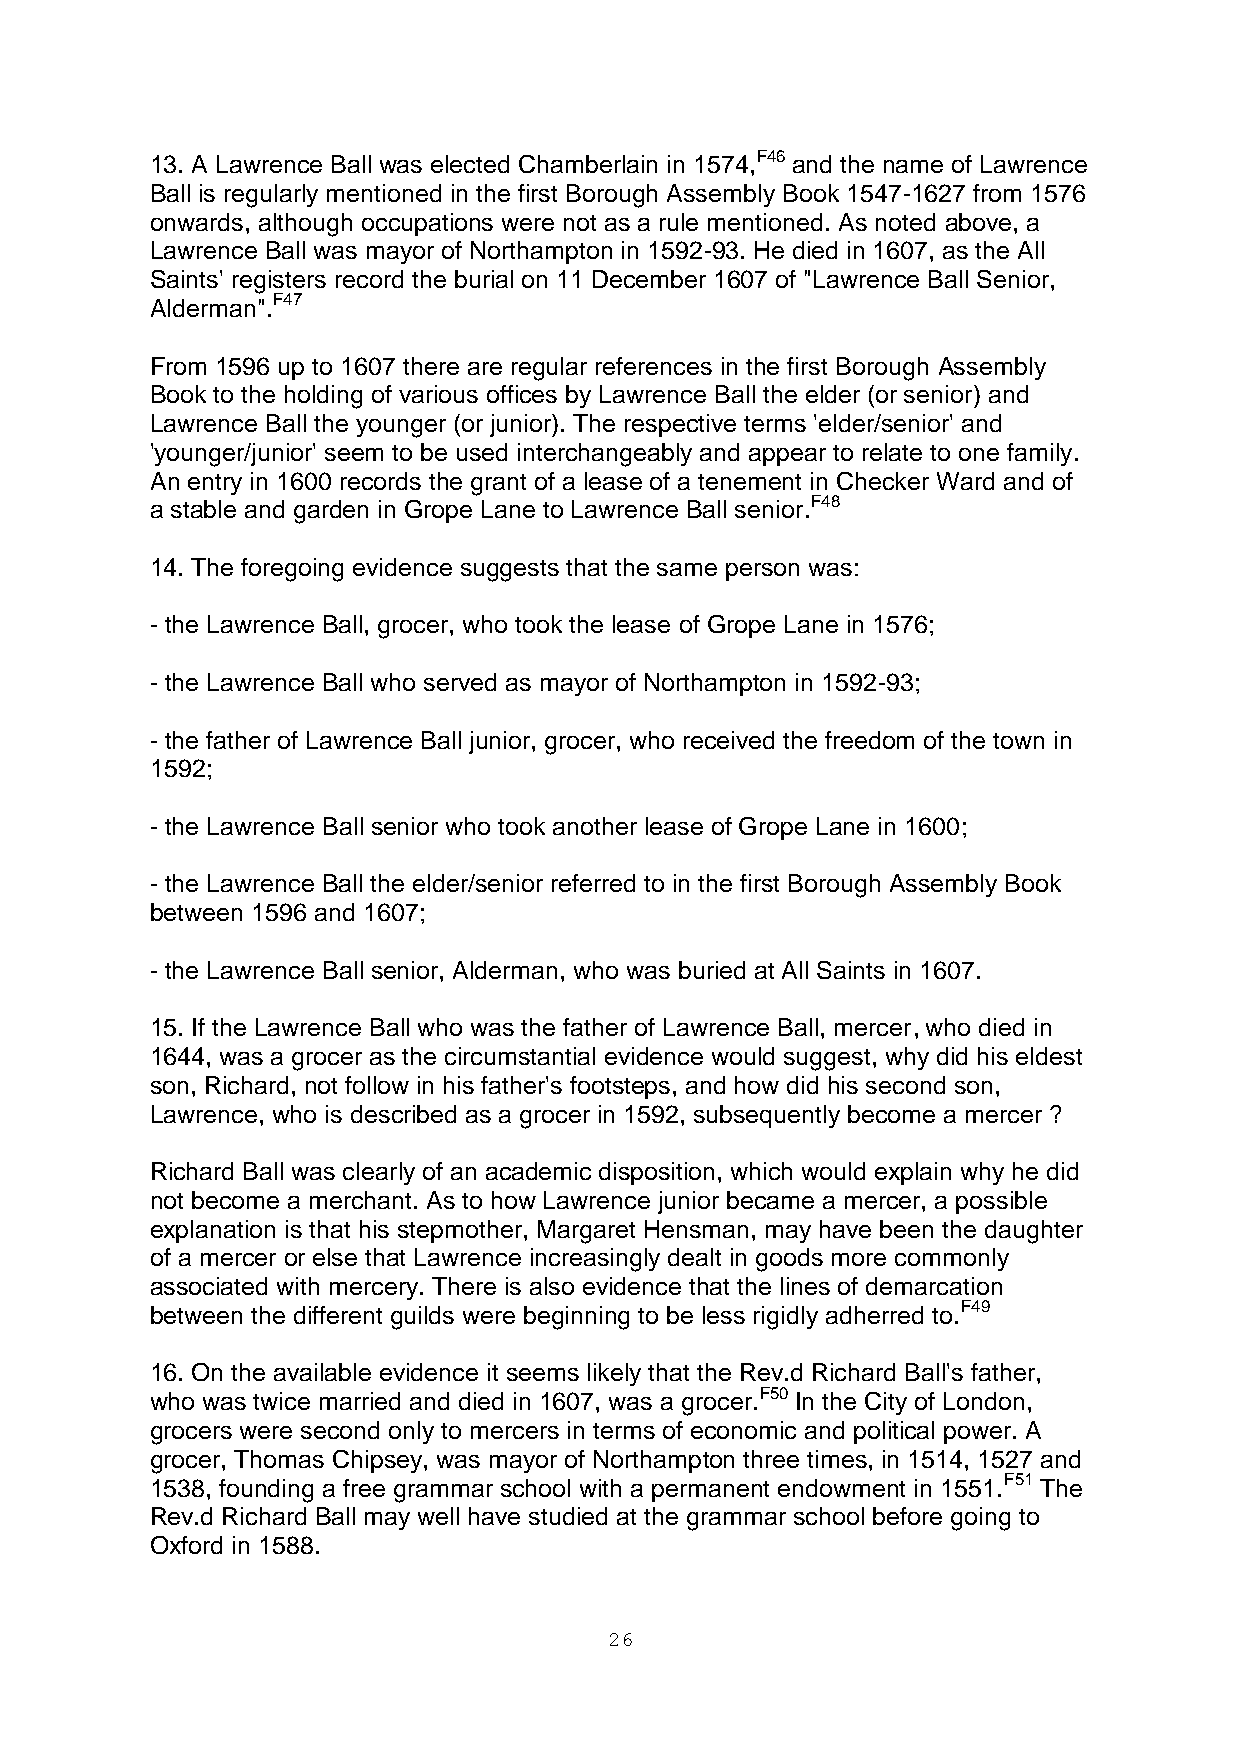
13. A Lawrence Ball was elected Chamberlain in 1574,F46 and the name of Lawrence
 Ball is regularly mentioned in the first Borough Assembly Book 1547-1627 from 1576
 onwards, although occupations were not as a rule mentioned. As noted above, a
 Lawrence Ball was mayor of Northampton in 1592-93. He died in 1607, as the All
 Saints' registers record the burial on 11 December 1607 of "Lawrence Ball Senior,
 Alderman".F47
 From 1596 up to 1607 there are regular references in the first Borough Assembly
 Book to the holding of various offices by Lawrence Ball the elder (or senior) and
 Lawrence Ball the younger (or junior). The respective terms 'elder/senior' and
 'younger/junior' seem to be used interchangeably and appear to relate to one family.
 An entry in 1600 records the grant of a lease of a tenement in Checker Ward and of
 a stable and garden in Grope Lane to Lawrence Ball senior.F48
 14. The foregoing evidence suggests that the same person was:
 - the Lawrence Ball, grocer, who took the lease of Grope Lane in 1576;
 - the Lawrence Ball who served as mayor of Northampton in 1592-93;
 - the father of Lawrence Ball junior, grocer, who received the freedom of the town in
 1592;
 - the Lawrence Ball senior who took another lease of Grope Lane in 1600;
 - the Lawrence Ball the elder/senior referred to in the first Borough Assembly Book
 between 1596 and 1607;
 - the Lawrence Ball senior, Alderman, who was buried at All Saints in 1607.
 15. If the Lawrence Ball who was the father of Lawrence Ball, mercer, who died in
 1644, was a grocer as the circumstantial evidence would suggest, why did his eldest
 son, Richard, not follow in his father's footsteps, and how did his second son,
 Lawrence, who is described as a grocer in 1592, subsequently become a mercer ?
 Richard Ball was clearly of an academic disposition, which would explain why he did
 not become a merchant. As to how Lawrence junior became a mercer, a possible
 explanation is that his stepmother, Margaret Hensman, may have been the daughter
 of a mercer or else that Lawrence increasingly dealt in goods more commonly
 associated with mercery. There is also evidence that the lines of demarcation
 between the different guilds were beginning to be less rigidly adherred to.F49
 16. On the available evidence it seems likely that the Rev.d Richard Ball's father,
 who was twice married and died in 1607, was a grocer.F50 In the City of London,
 grocers were second only to mercers in terms of economic and political power. A
 grocer, Thomas Chipsey, was mayor of Northampton three times, in 1514, 1527 and
 1538, founding a free grammar school with a permanent endowment in 1551.F51 The
 Rev.d Richard Ball may well have studied at the grammar school before going to
 Oxford in 1588.
 26